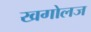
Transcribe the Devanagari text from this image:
खगोलज